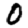
Digit: 0